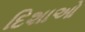
દિશાઓ